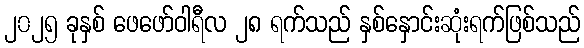
၂၀၂၅ ခုနှစ် ဖေဖော်ဝါရီလ ၂၈ ရက်သည် နှစ်နှောင်းဆုံးရက်ဖြစ်သည်